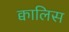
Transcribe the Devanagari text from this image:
क्वालिस